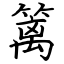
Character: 篱